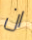
ان